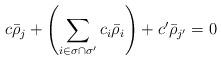
LaTeX: \begin{align*}c\bar{\rho}_{j}+\left(\sum\limits_{i\in \sigma\cap\sigma^{\prime}}c_{i}\bar{\rho}_{i}\right)+c^{\prime}\bar{\rho}_{j^{\prime}}=0\end{align*}